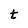
Character: t